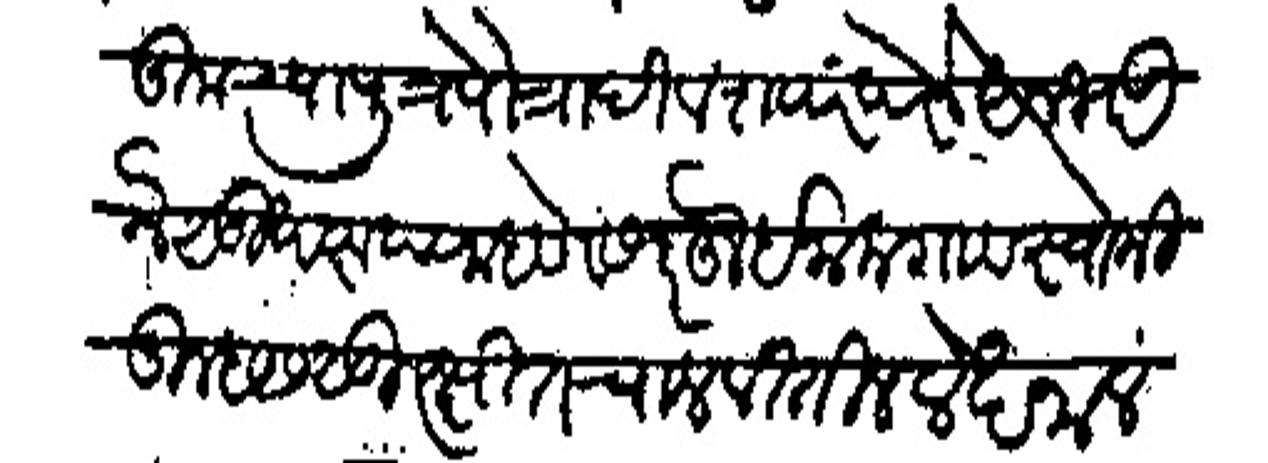
Transliteration (Devanagari): तुमच्या पुत्रपौत्रादी वशपरपरेने अनभवू ने सुखररूप राहाणे सदरहू इनाम गाव स्वामी तुम्हास सुरक्षित चालवितील लेखनाल